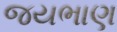
જયભાણ